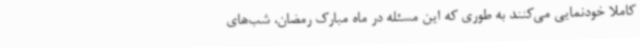
کاملا خودنمایی می‌کنند به طوری که این مسئله در ماه مبارک رمضان، شب‌های